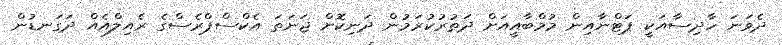
ދެވަނަ ހާދިސާއަކީ ޕަޓްނާއިން މުމްބާއީއަށް ދަތުރުކުރަމުން ދަނިކޮށް ޖަނަތަ އެކްސްޕްރެސްގެ ރެއިލްއެއް ދަގަނޑުން